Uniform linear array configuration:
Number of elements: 8
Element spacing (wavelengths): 1
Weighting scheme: cosine
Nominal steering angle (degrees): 45
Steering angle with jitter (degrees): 44.394
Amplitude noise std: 0.05
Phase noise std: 0.05

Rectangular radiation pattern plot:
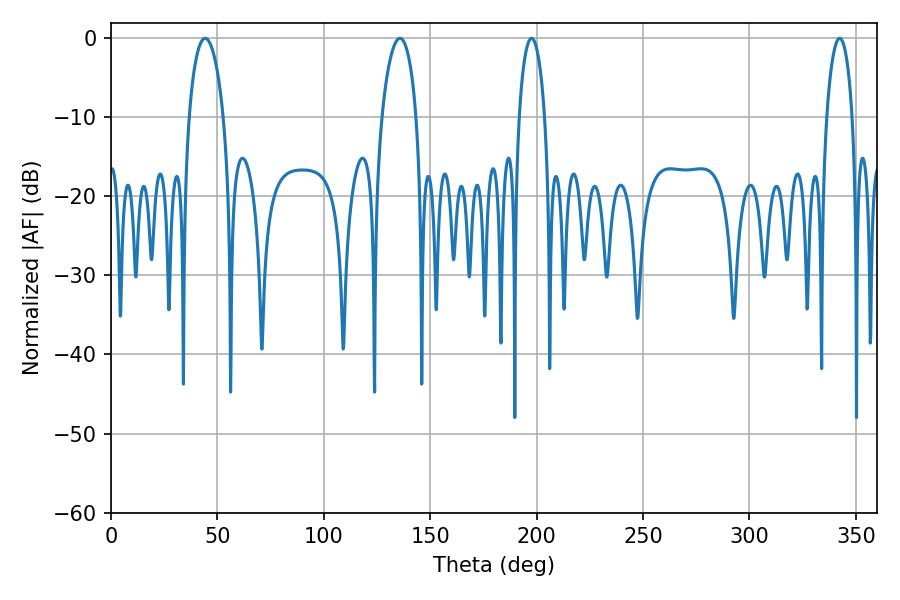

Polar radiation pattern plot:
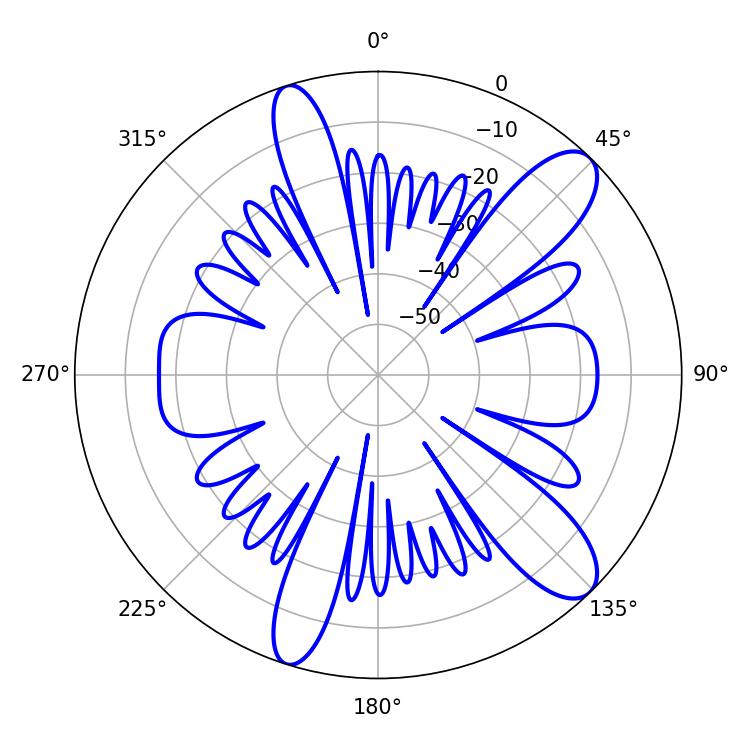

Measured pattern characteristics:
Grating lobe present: TRUE
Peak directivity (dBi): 11.045
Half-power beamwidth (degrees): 6.84
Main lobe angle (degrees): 342.36